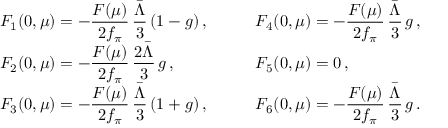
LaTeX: \begin{array} { l l } { { \displaystyle F _ { 1 } ( 0 , \mu ) = - { \frac { F ( \mu ) } { 2 f _ { \pi } } } \, { \frac { \bar { \Lambda } } { 3 } } \, ( 1 - g ) \, , } } & { { \qquad \displaystyle F _ { 4 } ( 0 , \mu ) = - { \frac { F ( \mu ) } { 2 f _ { \pi } } } \, { \frac { \bar { \Lambda } } { 3 } } \, g \, , } } \\ { { \displaystyle F _ { 2 } ( 0 , \mu ) = - { \frac { F ( \mu ) } { 2 f _ { \pi } } } \, { \frac { 2 \bar { \Lambda } } { 3 } } \, g \, , } } & { { \qquad \displaystyle F _ { 5 } ( 0 , \mu ) = 0 \, , } } \\ { { \displaystyle F _ { 3 } ( 0 , \mu ) = - { \frac { F ( \mu ) } { 2 f _ { \pi } } } \, { \frac { \bar { \Lambda } } { 3 } } \, ( 1 + g ) \, , } } & { { \qquad \displaystyle F _ { 6 } ( 0 , \mu ) = - { \frac { F ( \mu ) } { 2 f _ { \pi } } } \, { \frac { \bar { \Lambda } } { 3 } } \, g \, . } } \end{array}